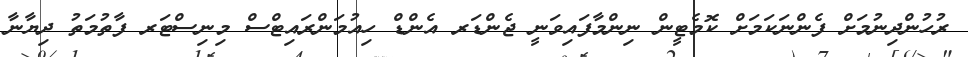
ރުހުންދިނުމަށް ފެންނަކަމަށް ކޮމެޓީން ނިންމާފައިވަނީ ޖެންޑަރ އެންޑް ހިއުމަންރައިޓްސް މިނިސްޓަރ ފާތުމަތު ދިޔާނާ